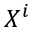
X ^ { i }